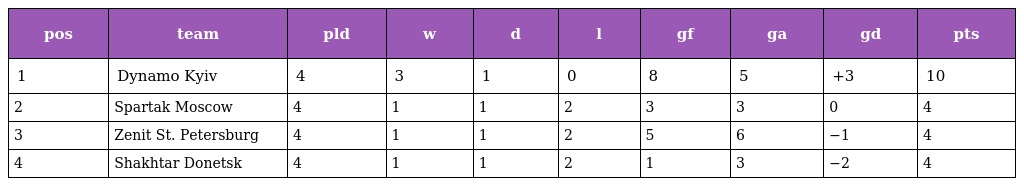
| pos | team | pld | w | d | l | gf | ga | gd | pts |
 | --- | --- | --- | --- | --- | --- | --- | --- | --- | --- |
 | 1 | Dynamo Kyiv | 4 | 3 | 1 | 0 | 8 | 5 | +3 | 10 |
 | 2 | Spartak Moscow | 4 | 1 | 1 | 2 | 3 | 3 | 0 | 4 |
 | 3 | Zenit St. Petersburg | 4 | 1 | 1 | 2 | 5 | 6 | −1 | 4 |
 | 4 | Shakhtar Donetsk | 4 | 1 | 1 | 2 | 1 | 3 | −2 | 4 |